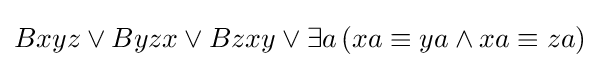
Bxyz\lor Byzx\lor Bzxy\lor \exists a\,(xa\equiv ya\land xa\equiv za)